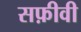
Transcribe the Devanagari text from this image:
सफ़ीवी